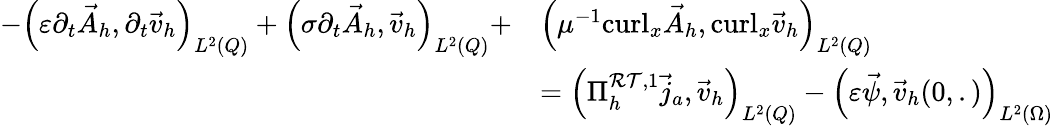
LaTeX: \begin{array}{rl}{-\left(\varepsilon\partial_{t}\vec{A}_{h},\partial_{t}\vec{v}_{h}\right)_{L^{2}(Q)}+\left(\sigma\partial_{t}\vec{A}_{h},\vec{v}_{h}\right)_{L^{2}(Q)}+}&{\left(\mu^{-1}\mathrm{curl}_{x}\vec{A}_{h},\mathrm{curl}_{x}\vec{v}_{h}\right)_{L^{2}(Q)}}\\ &{=\left(\Pi_{h}^{\mathcal{RT},1}\vec{j}_{a},\vec{v}_{h}\right)_{L^{2}(Q)}-\left(\varepsilon\vec{\psi},\vec{v}_{h}(0,.)\right)_{L^{2}(\Omega)}}\end{array}